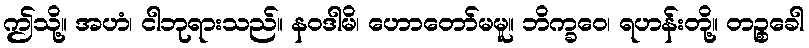
ဤသို့။ အဟံ၊ ငါဘုရားသည်။ နဝဒါမိ၊ ဟောတော်မမူ။ ဘိက္ခဝေ၊ ရဟန်းတို့။ တဉ္စခေါ